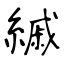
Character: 縬